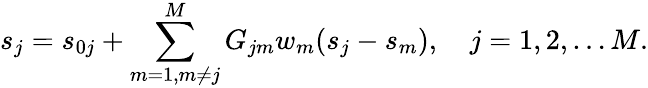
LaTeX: s_{j}=s_{0j}+\sum_{m=1,m\ne j}^{M}G_{jm}w_{m}(s_{j}-s_{m}),\quad j=1,2,\dots M.